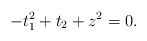
\begin{align*} -t_1^2 + t_2 + z^2=0.\end{align*}